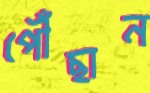
পৌঁছান